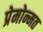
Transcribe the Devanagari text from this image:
प्रेमोन्मत